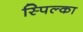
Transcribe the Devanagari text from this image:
स्पिल्का